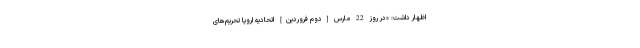
اظهار داشت: «در روز 22 مارس [دوم فروردین] اتحادیه اروپا تحریم‌های